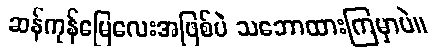
ဆန်ကုန်မြေလေးအဖြစ်ပဲ သဘောထားကြမှာပဲ။